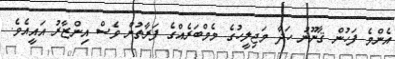
އެންމެ ފަހުން ޤާނޫނު ހަދާ މަޖިލީހުގެ މެމްބަރެއްގެ ފަރާތުން ވެސް އިންޒާރު އައީއެވެ.